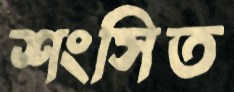
শংসিত